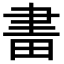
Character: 𤱪